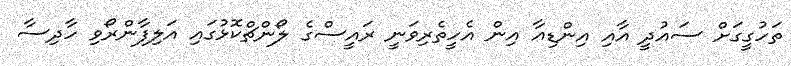
ތަހުގީގަށް ސައުދީ އާއި އިންޑިއާ އިން އެހީތެރިވަނީ ރައީސްގެ ލޯންޗްކޮޅުގައި އަލިފާންރޯވި ހާދިސާ